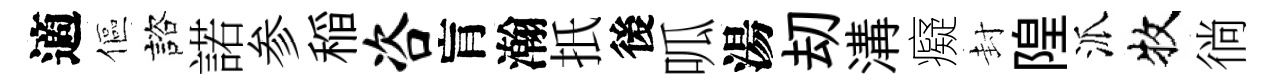
適傴諮諾参稲咨肓瀚扺後呱湯刧溝癡封隍派牧徜